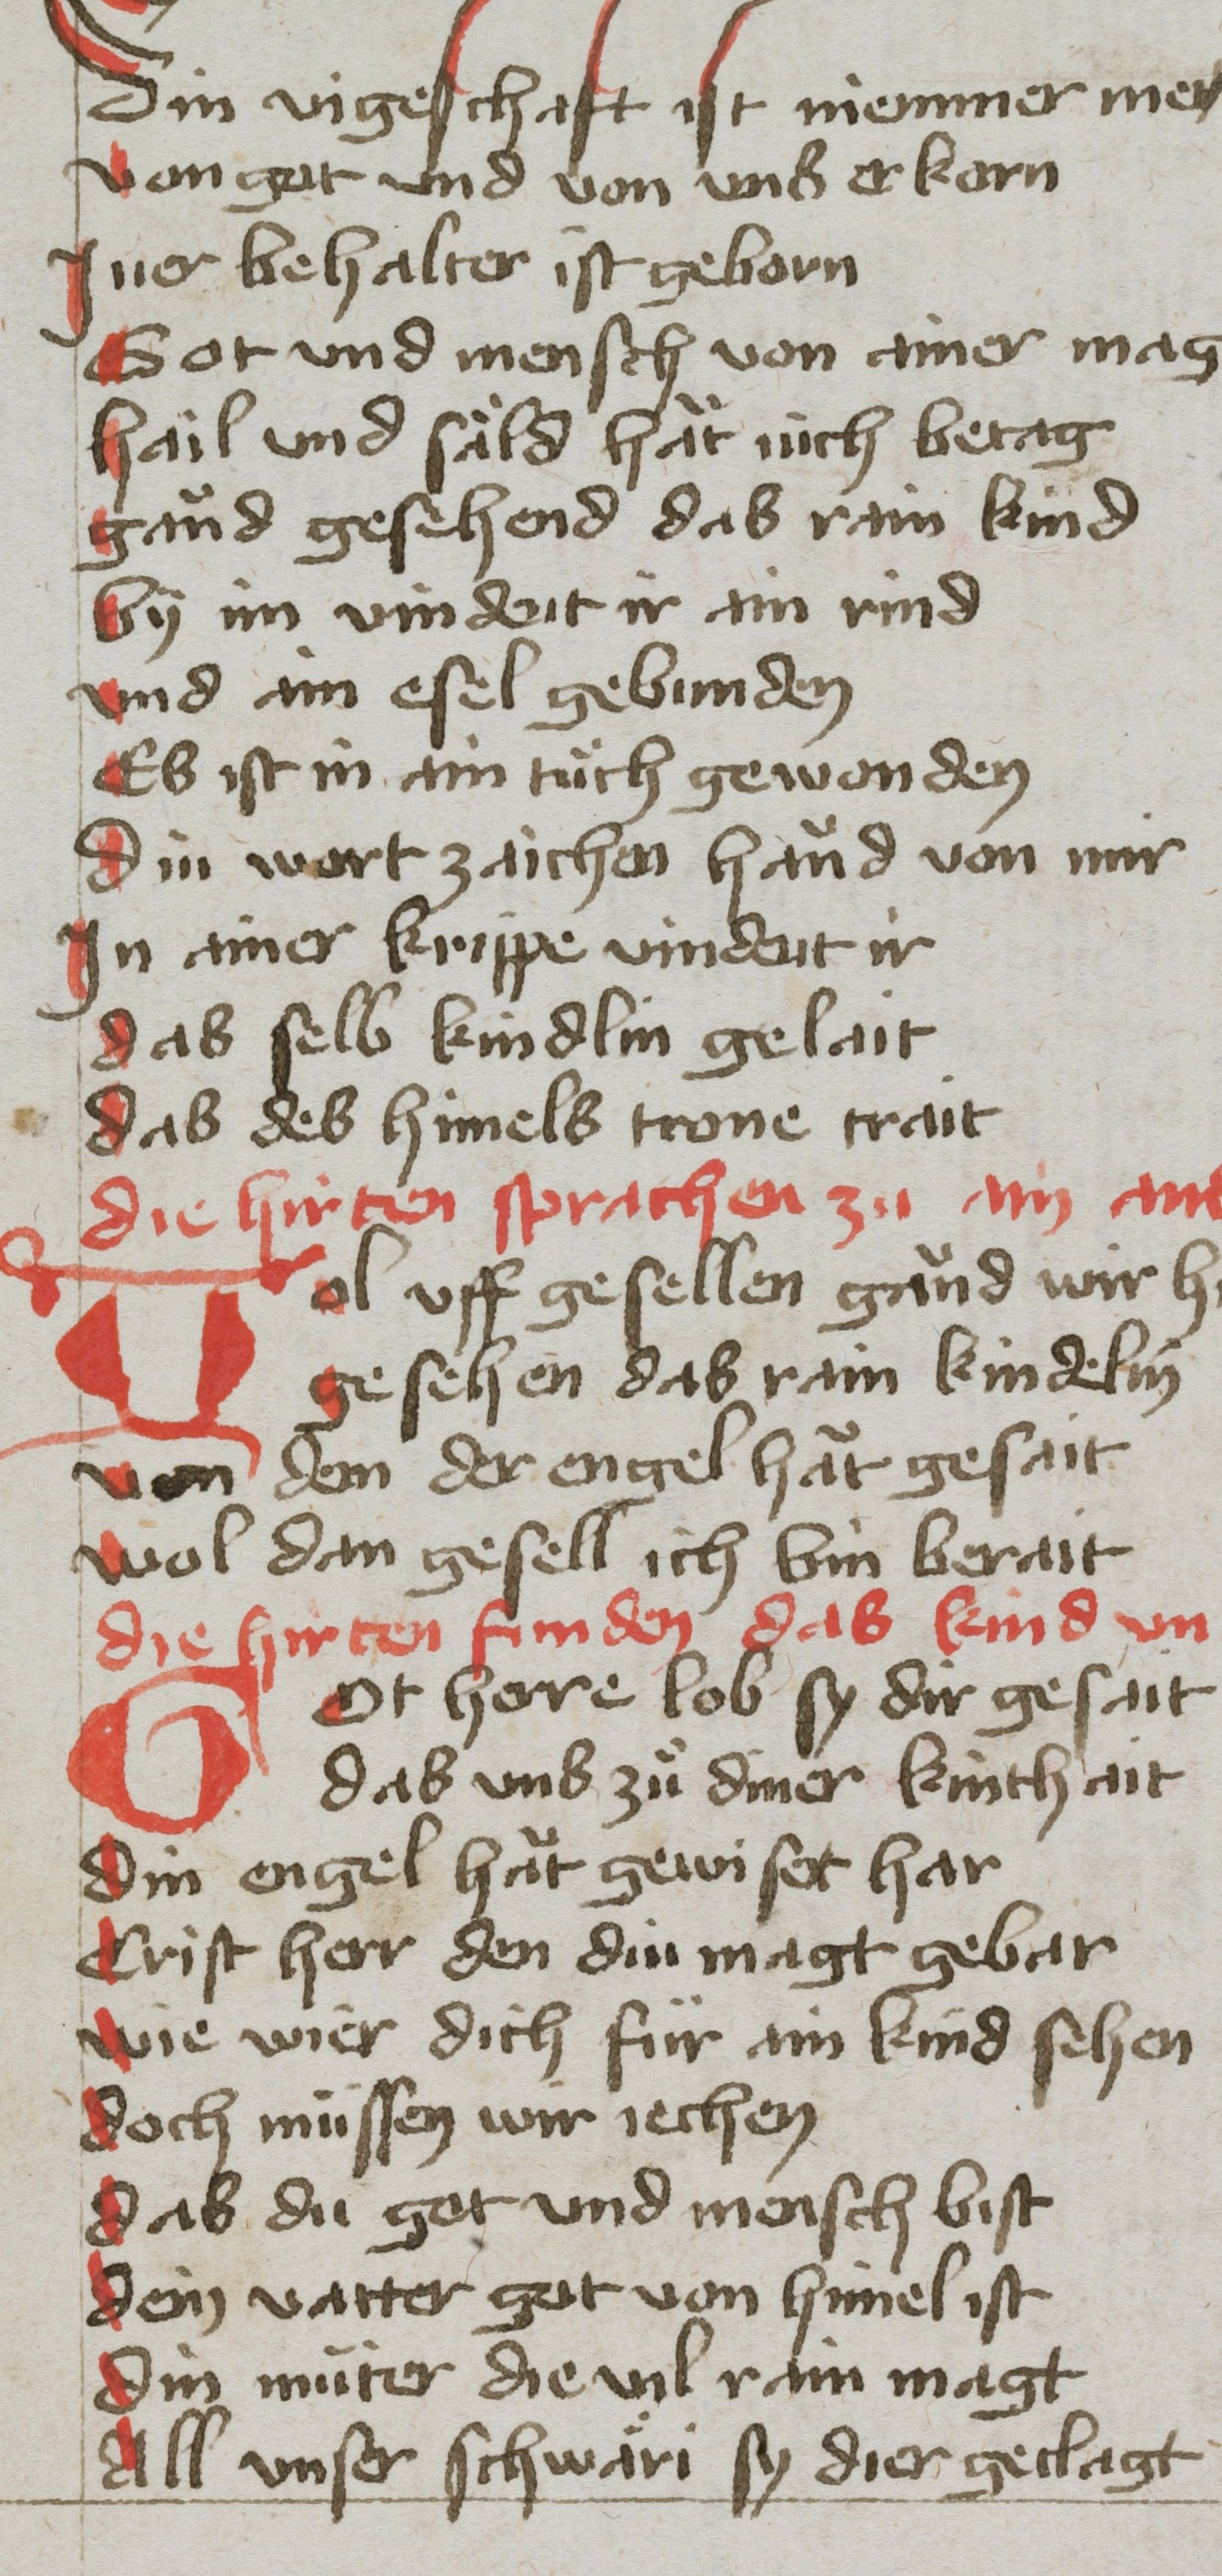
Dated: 1400–1499